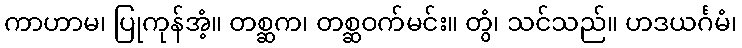
ကာဟာမ၊ ပြုကုန်အံ့။ တစ္ဆက၊ တစ္ဆဝက်မင်း။ တွံ၊ သင်သည်။ ဟဒယင်္ဂမံ၊